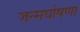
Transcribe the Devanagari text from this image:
जन्मघोषणा